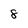
Character: 8